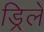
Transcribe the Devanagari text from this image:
ड्रिलें